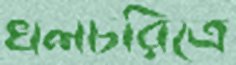
খলচরিত্রে